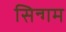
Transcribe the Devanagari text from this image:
सिन्गम